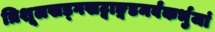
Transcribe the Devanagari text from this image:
त्रिशूलखड्गखट्वाङ्गडमर्वंकर्भुजां